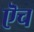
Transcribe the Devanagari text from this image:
ऎच